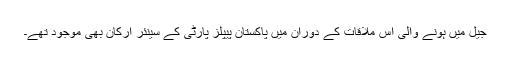
جیل میں ہونے والی اس ملاقات کے دوران میں پاکستان پیپلز پارٹی کے سینئر ارکان بھی موجود تھے۔